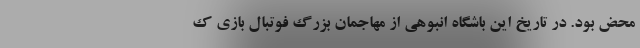
محض بود. در تاریخ این باشگاه انبوهی از مهاجمان بزرگ فوتبال بازی ک